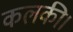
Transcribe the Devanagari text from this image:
कलकी।